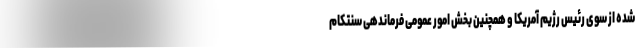
شده از سوی رئیس رژیم آمریکا و همچنین بخش امور عمومی فرماندهی سنتکام